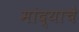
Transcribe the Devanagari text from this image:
मांद्याचे